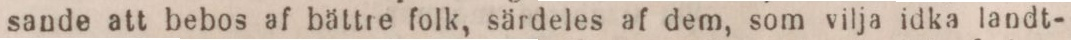
sande att bebos af bättre folk, särdeles af dem, som vilja idka landt-